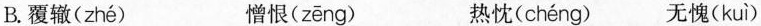
B.覆辙( zhé ) 憎恨( zēng ) 热忱( chéng ) 无愧( kuì )